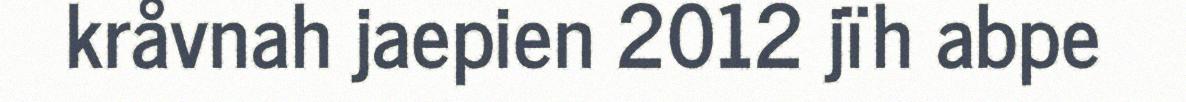
kråvnah jaepien 2012 jïh abpe